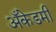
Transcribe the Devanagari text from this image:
अँकेडमी